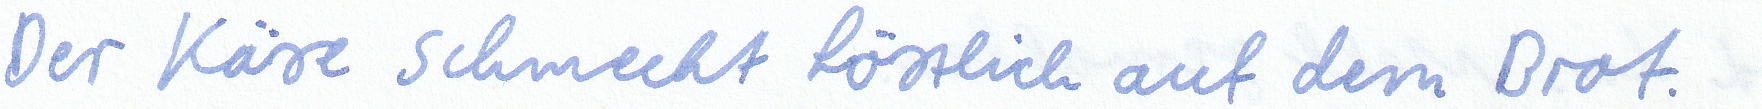
Der Käse schmeckt köstlich auf dem Brot.